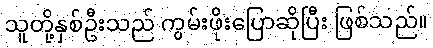
သူတို့နှစ်ဦးသည် ကွမ်းဖိုးပြောဆိုပြီး ဖြစ်သည်။